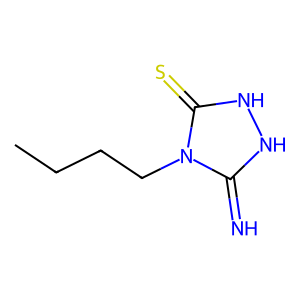
SMILES: CCCCn1c(=N)[nH][nH]c1=S
Inhibits HIV replication: No